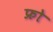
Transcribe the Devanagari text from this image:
फ्रो